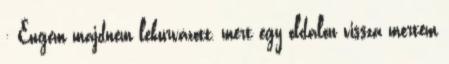
: Engem majdnem lekurvázott, mert egy oldalon vissza mertem